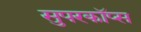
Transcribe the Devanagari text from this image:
सुपरकॉप्स